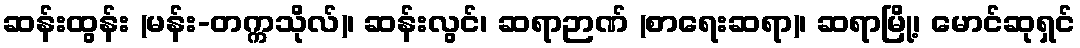
ဆန်းထွန်း (မန်း-တက္ကသိုလ်)၊ ဆန်းလွင်၊ ဆရာဉာဏ် (စာရေးဆရာ)၊ ဆရာမြို့၊ မောင်ဆုရှင်